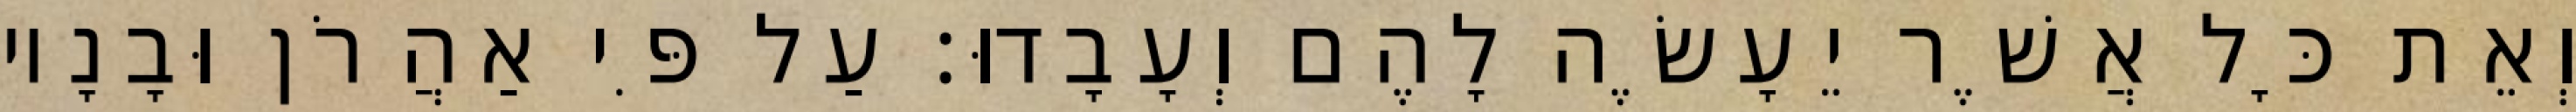
וְאֵת כָּל אֲשֶׁר יֵעָשֶׂה לָהֶם וְעָבָדוּ׃ עַל פִּי אַהֲרֹן וּבָנָיו